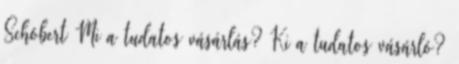
Schóbert Mi a tudatos vásárlás? Ki a tudatos vásárló?